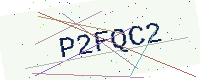
Text: P2FQC2